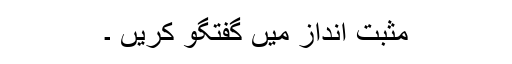
مثبت انداز میں‌ گفتگو کریں ۔